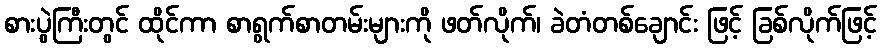
စားပွဲကြီးတွင် ထိုင်ကာ စာရွက်စာတမ်းများကို ဖတ်လိုက်၊ ခဲတံတစ်ချောင်း ဖြင့် ခြစ်လိုက်ဖြင့်